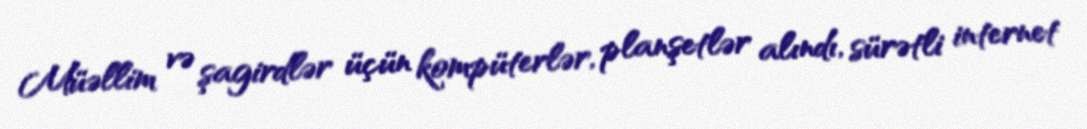
Müəllim və şagirdlər üçün kompüterlər, planşetlər alındı, sürətli internet